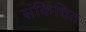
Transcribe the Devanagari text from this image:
संकिचित